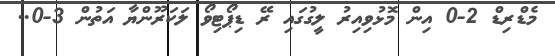
މެޑްރިޑް 2-0 އިން މޮޅުވިއިރު ލީގުގައި ރޭ ޑިޕޯޓިވޯ ލަކަރޫންޔާ އަތުން 3-0..